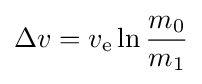
\Delta v=v_{\text{e}}\ln {\frac {m_{0}}{m_{1}}}